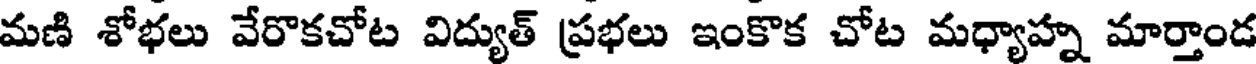
మణి శోభలు వేరొకచోట విద్యుత్ ప్రభలు ఇంకొక చోట మధ్యాహ్న మార్తాండ